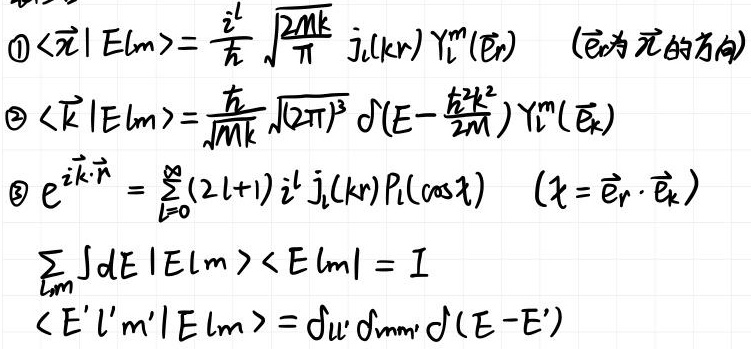
\[
\begin{align*}
&\textcircled{1} \langle \vec{r} | E lm \rangle = \frac{i^{l}}{\hbar} \sqrt{\frac{2Mk}{\pi}} j_{l}(kr) Y_{l}^{m}(\hat{e}_{r}) \quad (\hat{e}_{r} \text{为元的方向}) \\
&\textcircled{2} \langle \vec{k} | E lm \rangle = \frac{\hbar}{\sqrt{Mk}} \sqrt{(2\pi)^{3}} \delta\left(E - \frac{\hbar^{2}k^{2}}{2M}\right) Y_{l}^{m}(\hat{e}_{k}) \\
&\textcircled{3} e^{i\vec{k} \cdot \vec{r}} = \sum_{l = 0}^{\infty} (2l + 1) i^{l} j_{l}(kr) P_{l}(\cos\chi) \quad (\chi = \hat{e}_{r} \cdot \hat{e}_{k}) \\
&\sum_{l m} \int dE | E lm \rangle \langle E lm | = I \\
&\langle E' l' m' | E lm \rangle = \delta_{ll'} \delta_{mm'} \delta(E - E')
\end{align*}
\]